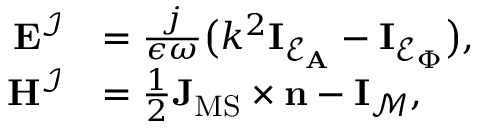
\begin{array} { r l } { \mathbf { E } ^ { \mathcal { I } } } & { = \frac { j } { \epsilon \omega } \big ( k ^ { 2 } \mathbf { I } _ { \mathcal { E } _ { \mathbf { A } } } - \mathbf { I } _ { \mathcal { E } _ { \Phi } } \big ) , } \\ { \mathbf { H } ^ { \mathcal { I } } } & { = \frac { 1 } { 2 } \mathbf { J } _ { \mathrm { M S } } \times \mathbf { n } - \mathbf { I } _ { \mathcal { M } } , } \end{array}